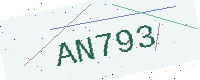
Text: AN793